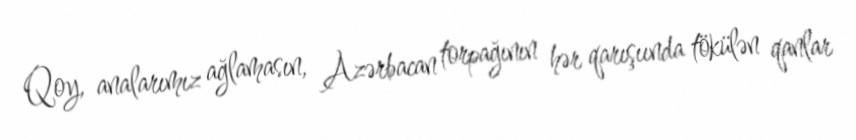
Qoy, analarımız ağlamasın, Azərbacan torpağının hər qarışıında tökülən qanlar